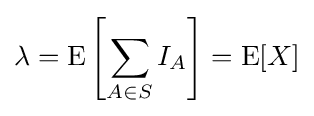
\lambda =\operatorname {E} \left[\sum _{A\in S}I_{A}\right]=\operatorname {E} [X]